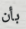
بأن